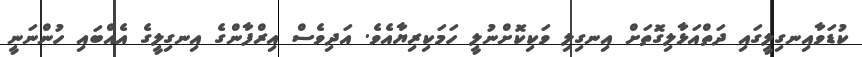
ކުޑަވާއިނގިލީގައި ދަތްއަޅާލިގޮތަށް އިނގިލި ވަކިކޮށްނުލީ ހަމަކިރިޔާއެވެ. އަދިވެސް އިރްފާންގެ އިނގިލީގެ އެއްބައި ހުންނަނީ